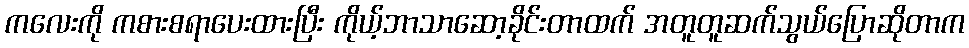
ကလေးကို ကစားစရာပေးထားပြီး ကိုယ့်ဘာသာဆော့ခိုင်းတာထက် အတူတူဆက်သွယ်ပြောဆိုတာက